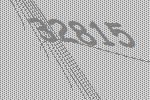
32815